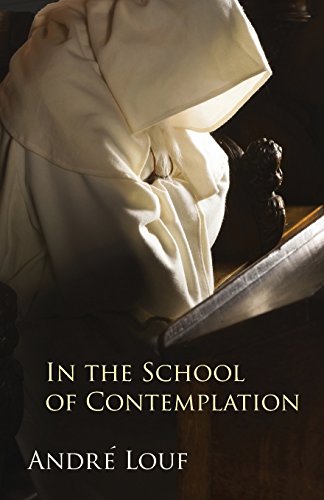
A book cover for In the School of Contemplation (Monastic Wisdom Series); Andre Louf OCSO; Christian Books & Bibles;